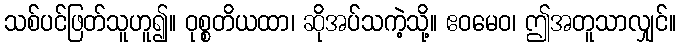
သစ်ပင်ဖြတ်သူဟူ၍။ ဝုစ္စတိယထာ၊ ဆိုအပ်သကဲ့သို့။ ဧဝမေဝ၊ ဤအတူသာလျှင်။